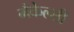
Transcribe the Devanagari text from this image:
मैकेल्सी